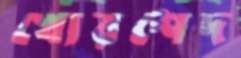
খোরশেদ